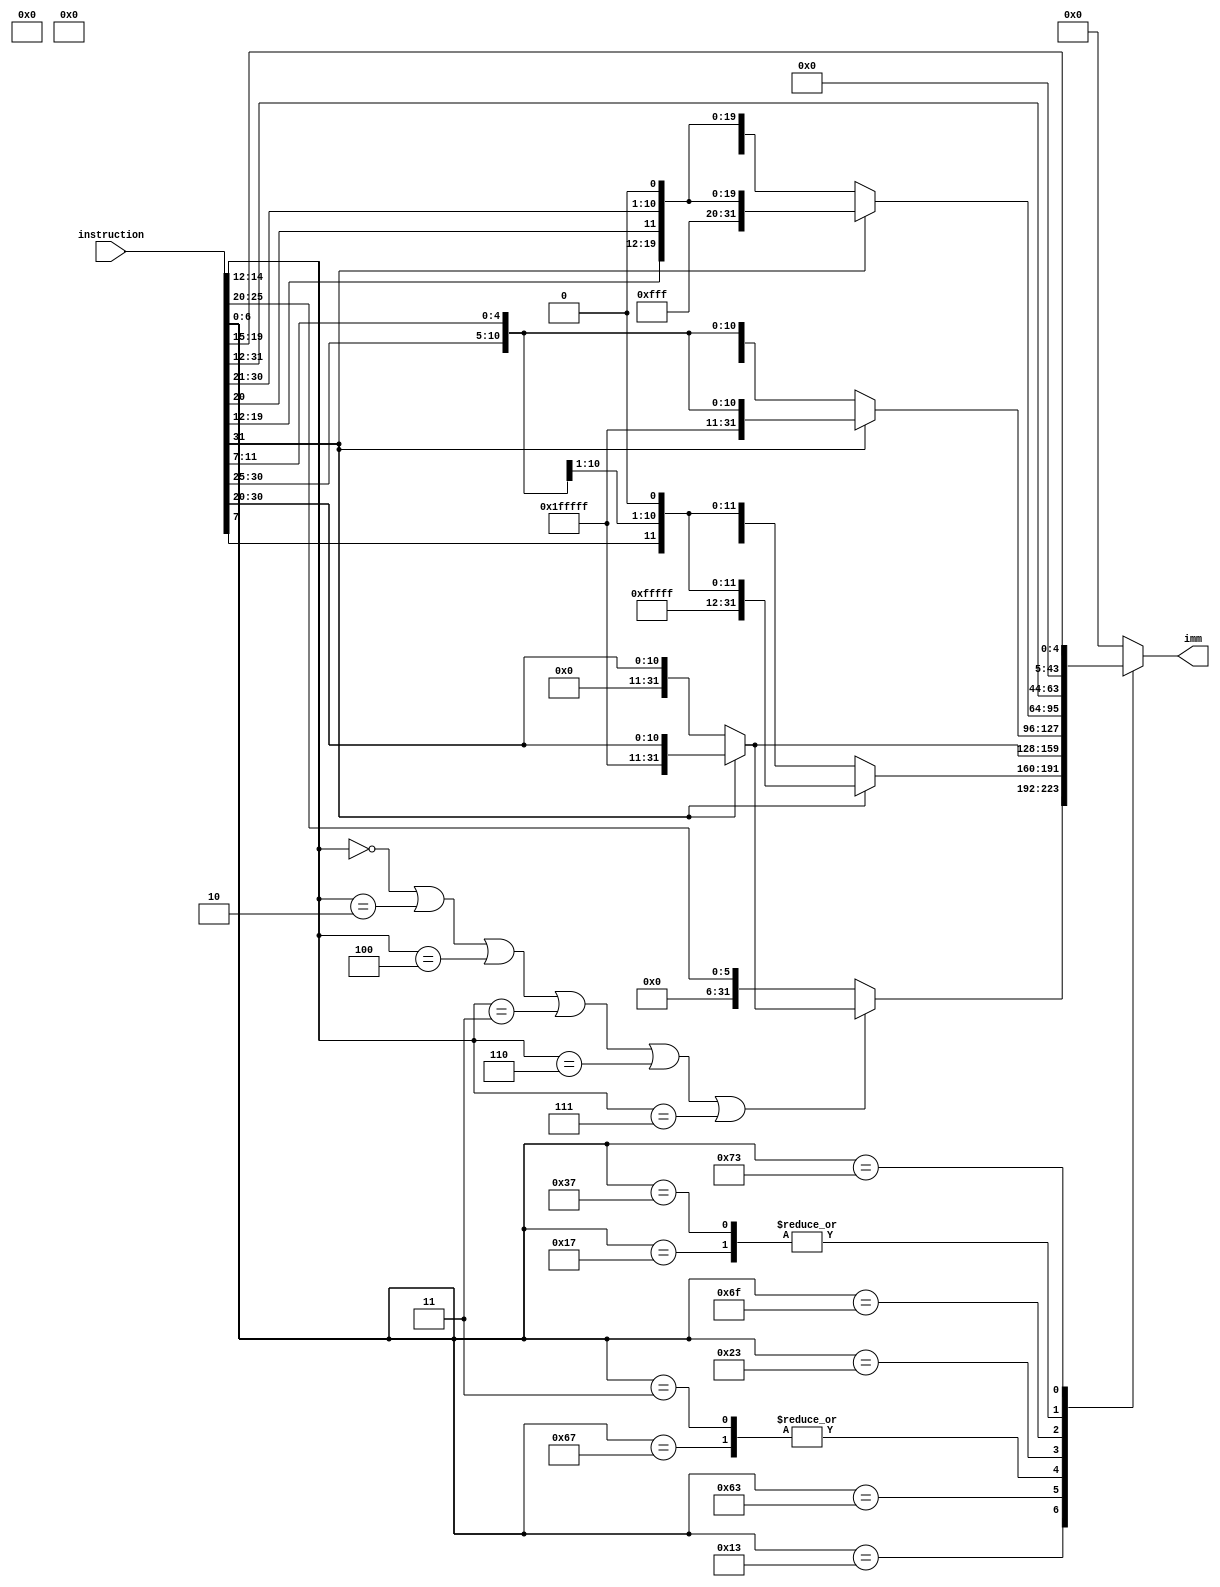
`timescale 1ns / 1ps
//////////////////////////////////////////////////////////////////////////////////
// Company: 
// Engineer: 
// 
// Design Name: 
// Module Name: Signextend
// Project Name: 
// Target Devices: 
// Tool Versions: 
// Description: 
// 
// Dependencies: 
// 
// Revision:
// Revision 0.01 - File Created
// Additional Comments:
// 
//////////////////////////////////////////////////////////////////////////////////

/*
    ================================   Signextend module   ================================
    Author:         Wintermelon
    Last Edit:      2022.4.21

    This is the immediate number sign extend module
*/


module Signextend 
(
    input [31: 0] instruction,
    output reg [31: 0] imm
);

// Attention: instruction srai will specially take the imm num

// Below is the instruction opcode list ================================================================================================

    localparam ArithmeticR = 7'b0110011;        // RISCV 32IBM - Register
    localparam ArithmeticI = 7'b0010011;        // RISCV 32IBM - Immediate
    localparam ControlStatus = 7'b1110011;      // RISCV 32I - CSR
    localparam Conditionjump = 7'b1100011;      // RISCV 32I - Branch-type
    localparam MemoryLoad = 7'b0000011;         // RISCV 32I - Immediate(MEM)
    localparam MemoryStore = 7'b0100011;        // RISCV 32I - Store-type
    localparam JumpandlinkR = 7'b1100111;       // RISCV 32I - Jump-type(R)
    localparam JumpandlinkI = 7'b1101111;       // RISCV 32I - Jump-type(I)
    localparam Adduppertopc = 7'b0010111;       // RISCV 32I - Upper-type
    localparam Loadupperimm = 7'b0110111;       // RISCV 32I - Upper-type

    localparam FloatArithmetic = 7'b1010011;    // RISCV 32F - Arithmetic
    localparam FloatMemoryLoad = 7'b0000111;    // RISCV 32F - Immediate(MEM)
    localparam FloatMemoryStore = 7'b0100111;   // RISCV 32F - Store-type
    localparam FloatMulAdd = 7'b1000011;        // RISCV 32F - R4-type
    localparam FloatMulSub = 7'b1000111;        // RISCV 32F - R4-type
    localparam FloatMulNegAdd = 7'b1001111;     // RISCV 32F - R4-type
    localparam FloatMulNegSub = 7'b1001011;     // RISCV 32F - R4-type
    

/*
    The instruction used imm contains:

    ArithmeticI, like addi, xori, ori, andi
        format: is[31:20] -> 12bit imm                  // 12

    Data Shift, like slli, srai, srli
        format: is[24:20] -> 5bit imm       <RV32I>     // 12

    Condition jump, like beq, bne, blt, bltu
        format: is[31] -> imm[12]
                is[30:25] -> imm[10:5]
                is[11:8] -> imm[4:1]
                is[7] -> imm[11]
                imm[0] = 0

                13bit imm                               // 12

    Upper imm, like auipc, lui
        format: is[31:12] << 12 -> imm[31:0]            // <<

    Jal, jal
        format: is[31] -> imm[20]
                is[30:21] -> imm[10:1]
                is[20] -> imm[11]
                is[19:12] -> imm[19:12]
                imm[0] = 0

                21bit imm
                                                        // 20
    Jalr, jalr
        format: is[31:20] -> 12 bit imm                 // 12

    Lw, sw:
        format: is[31:25] -> imm[11:5]                  // 12
                is[11:7] -> imm[4:0]
*/   


// This is the 12-bit sign_extend imm
always @(*) begin
    case (instruction[6:0]) // Check the opcode
        ArithmeticI: begin
        /*
            ArithmeticI, like addi, xori, ori, andi
            format: is[31:20] -> 12bit imm                  // 12

            Data Shift, like slli, srai, srli
            format: is[24:20] -> 5bit imm       <RV32I>     // 12
        */

        // Check the func3
        
            if (instruction[14:12] == 3'b000 || instruction[14:12] == 3'b010 ||
                instruction[14:12] == 3'b100 || instruction[14:12] == 3'b011 ||
                instruction[14:12] == 3'b110 || instruction[14:12] == 3'b111) begin
                // addi, xori, ori, andi, slti, sltiu
                if (instruction[31] == 1)
                    imm = {{20{1'b1}}, {instruction[31:20]}};
                else
                    imm = {{20{1'b0}}, {instruction[31:20]}};
            end
            else begin
                // slli, srai, srli           
                imm = {{26{1'b0}}, {instruction[25:20]}};
            end
        end

        Conditionjump: begin
        /*
            Condition jump, like beq, bne, blt, bltu
            format: is[31] -> imm[12]
                    is[30:25] -> imm[10:5]
                    is[11:8] -> imm[4:1]
                    is[7] -> imm[11]
                    imm[0] = 0

                    13bit imm                               // 12
        */
            if (instruction[31] == 1) 
                imm = {{19{1'b1}}, {instruction[31]}, {instruction[7]}, {instruction[30:25]}, {instruction[11:8]}, {1'b0}};
            else
                imm = {{19{1'b0}}, {instruction[31]}, {instruction[7]}, {instruction[30:25]}, {instruction[11:8]}, {1'b0}};
        end

        JumpandlinkR: begin
            // jalr
            if (instruction[31] == 1)
                imm = {{20{1'b1}}, {instruction[31:20]}};
            else
                imm = {{20{1'b0}}, {instruction[31:20]}};
        end

        // Lw, sw:
        // format: is[31:25] -> imm[11:5]                  // 12
        //        is[11:7] -> imm[4:0]

        MemoryLoad: begin
            if (instruction[31] == 1)
                imm = {{20{1'b1}}, {instruction[31:20]}};
            else
                imm = {{20'b0}, {instruction[31:20]}};
        end

        MemoryStore: begin
            if (instruction[31] == 1)
                imm = {{20{1'b1}}, {instruction[31:25]}, {instruction[11:7]}};
            else
                imm = {{20'b0}, {instruction[31:25]}, {instruction[11:7]}};
        end

        JumpandlinkI: begin
            // jal
            if (instruction[31] == 1) 
                imm = {{11{1'b1}}, {instruction[31]}, {instruction[19:12]}, {instruction[20]}, {instruction[30:21]}, {1'b0}};
            else
                imm = {{11{1'b0}}, {instruction[31]}, {instruction[19:12]}, {instruction[20]}, {instruction[30:21]}, {1'b0}};
        end

        Adduppertopc: begin
            // auipc
            imm = {{instruction[31:12]}, {12'b0}};
        end

        Loadupperimm: begin
            // lui
            imm = {{instruction[31:12]}, {12'b0}};
        end

        ControlStatus: begin
            // csr
            imm = {{27'b0}, {instruction[19:15]}};
        end

        default: begin
            imm = 0;
        end

    endcase
end


endmodule